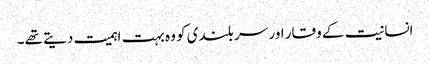
انسانیت کے وقار اور سر بلندی کو وہ بہت اہمیت دیتے تھے۔